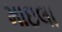
માઇલા